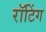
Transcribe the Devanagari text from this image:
रॉटिंग